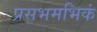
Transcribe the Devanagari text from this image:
प्रसभमभिकं